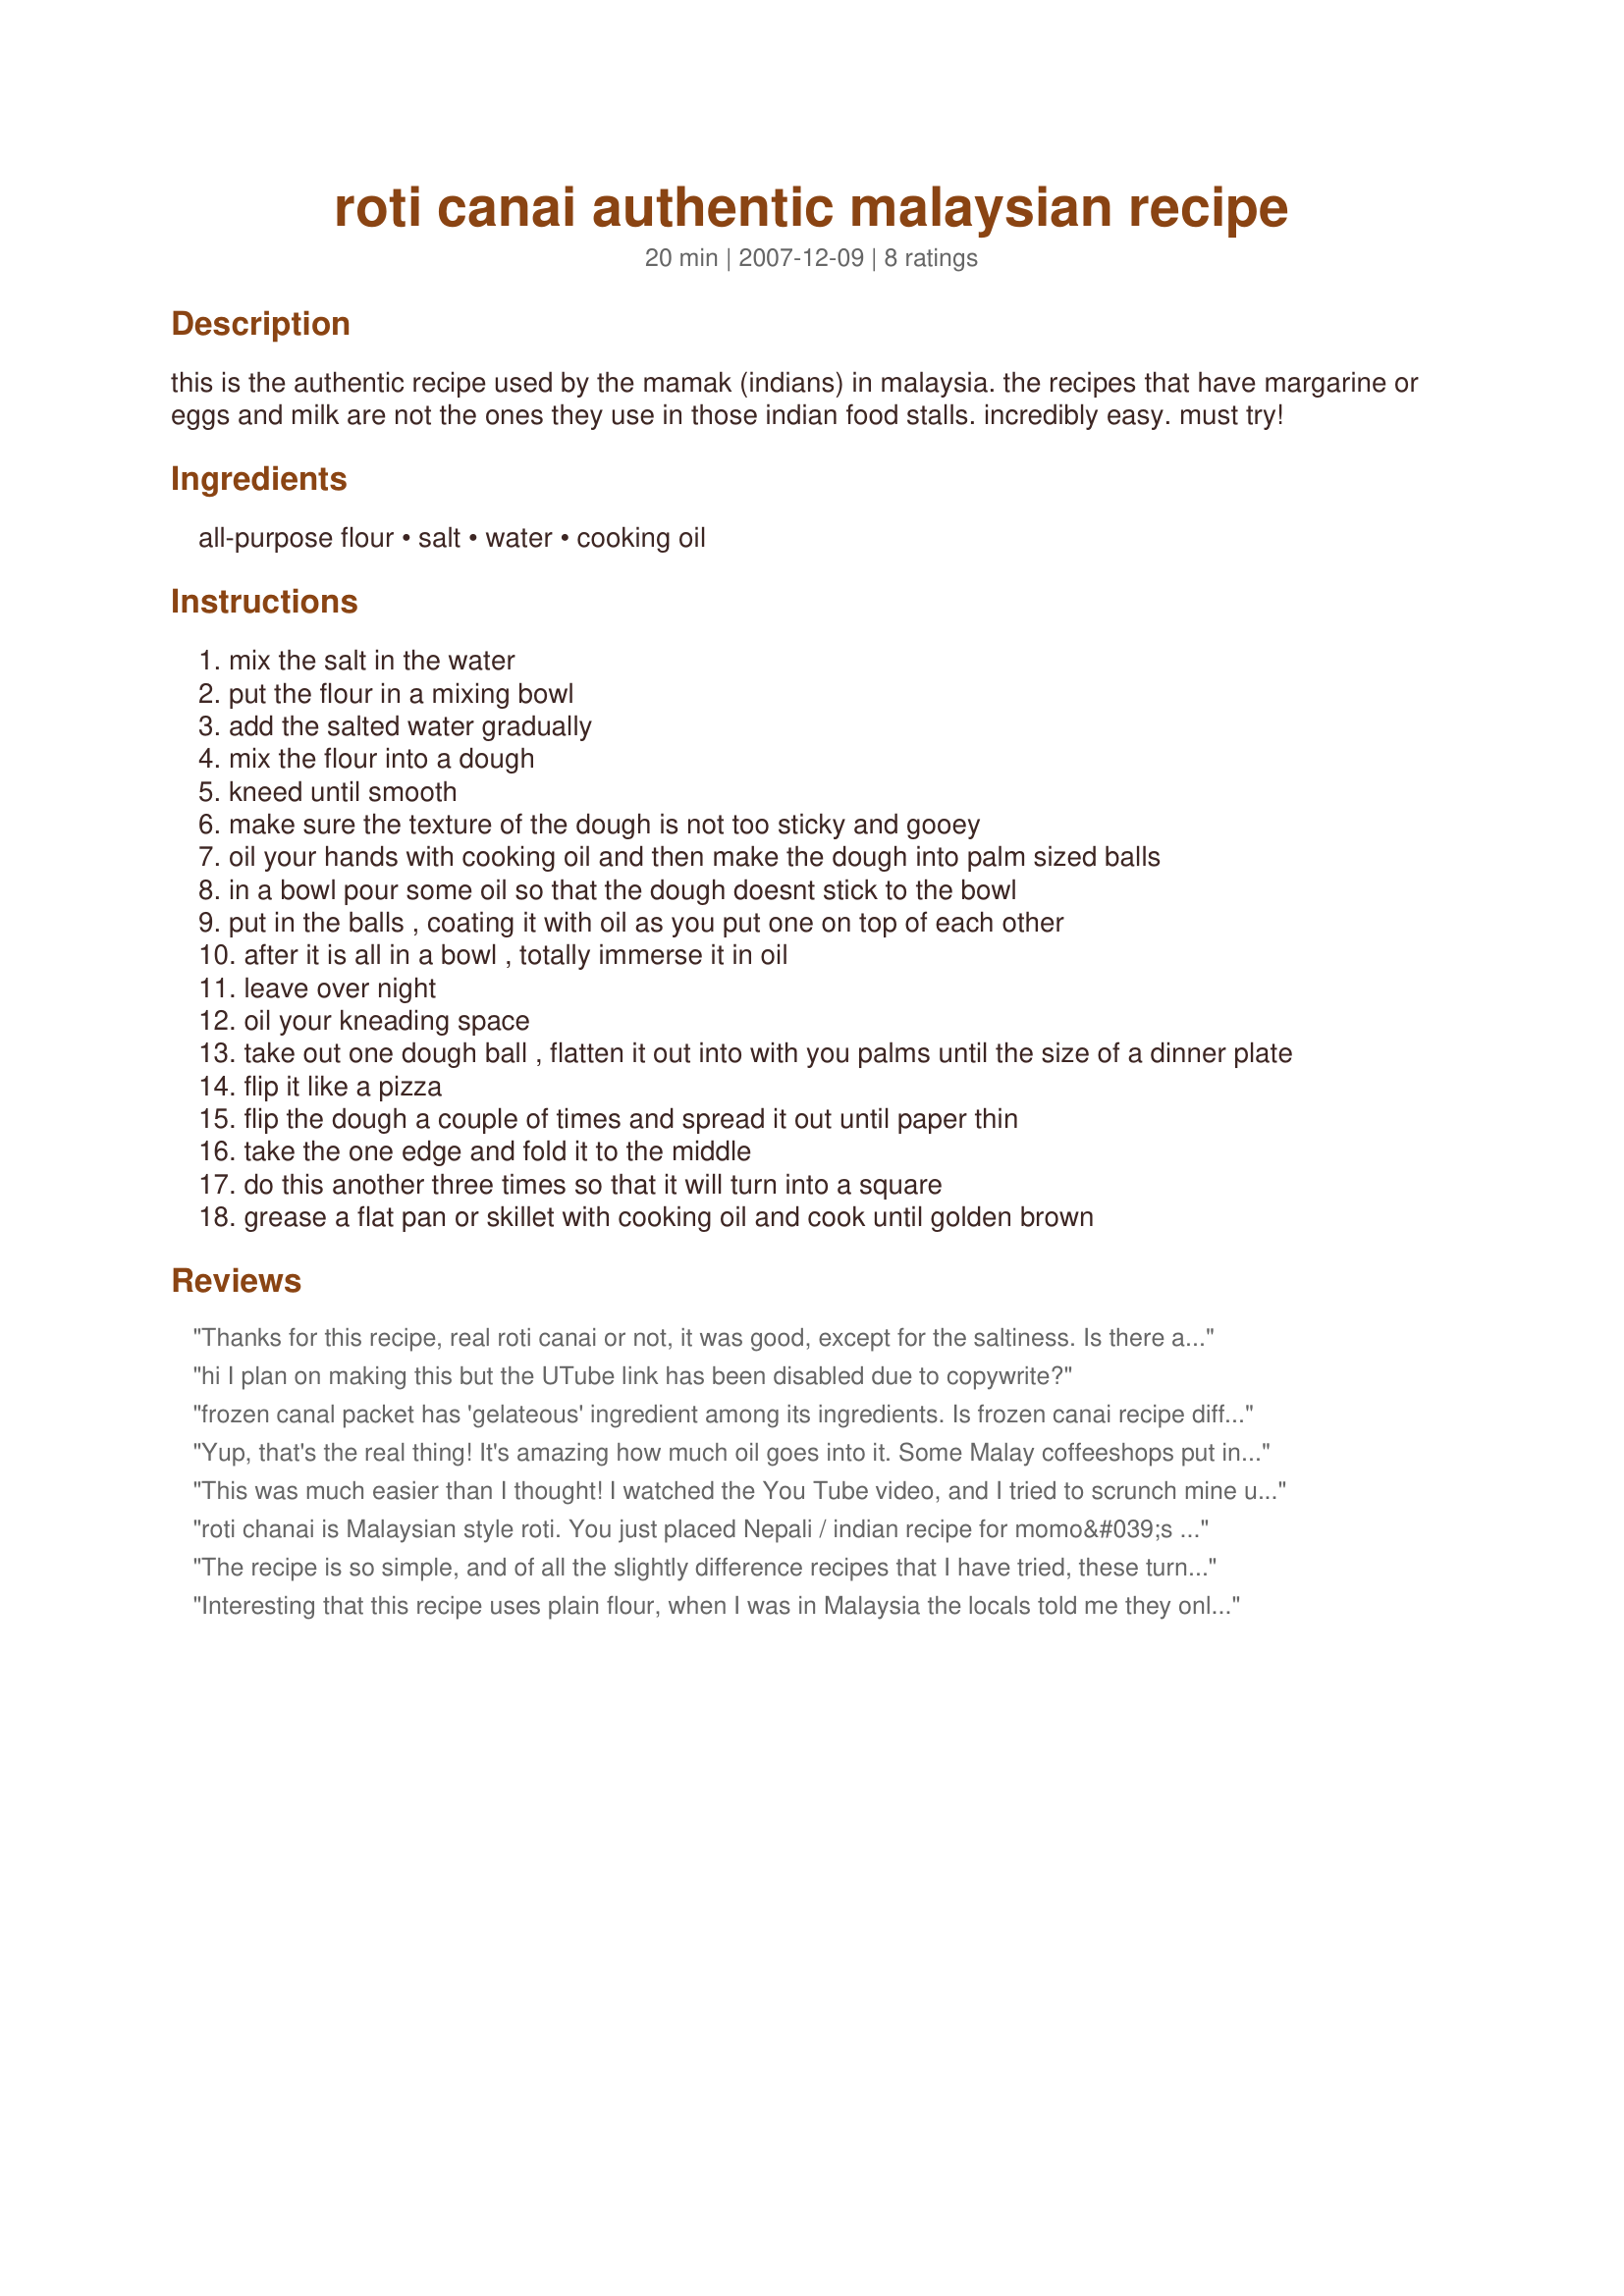
roti canai authentic malaysian recipe
Preparation time: 20 minutes

this is the authentic recipe used by the mamak (indians) in malaysia. the recipes that have margarine or eggs and milk are not the ones they use in those indian food stalls. incredibly easy. must try!

Ingredients:
all-purpose flour, salt, water, cooking oil

Steps:
mix the salt in the water
put the flour in a mixing bowl
add the salted water gradually
mix the flour into a dough
kneed until smooth
make sure the texture of the dough is not too sticky and gooey
oil your hands with cooking oil and then make the dough into palm sized balls
in a bowl pour some oil so that the dough doesnt stick to the bowl
put in the balls , coating it with oil as you put one on top of each other
after it is all in a bowl , totally immerse it in oil
leave over night
oil your kneading space
take out one dough ball , flatten it out into with you palms until the size of a dinner plate
flip it like a pizza
flip the dough a couple of times and spread it out until paper thin
take the one edge and fold it to the middle
do this another three times so that it will turn into a square
grease a flat pan or skillet with cooking oil and cook until golden brown

Reviews:
Thanks for this recipe, real roti canai or not, it was good, except for the saltiness. Is there a reason for so much salt? I followed the recipe without question until in ate it. I would definitely reduce it but even 2/3 tablespoon seems far too much. Aside from the taste, does that amount of salt affect the outcome of the roti?
hi I plan on making this but the UTube link has been disabled due to copywrite?
frozen canal packet has 'gelateous' ingredient among its ingredients. Is frozen canai recipe different from freshly made canai?
Yup, that's the real thing!
It's amazing how much oil goes into it. Some Malay coffeeshops put in margarine and egg.
 I'd suggest reducing the salt to 2/3 tablespoon and adding 2/3 tablespoon of white sugar - to be dissolved in the water.
This was much easier than I thought! I watched the You Tube video, and I tried to scrunch mine up the way he does after it's cooked, and it went really nice and flaky! Thanks for posting! Made for PAC Spring 2010.
roti chanai is Malaysian style roti. You just placed Nepali / indian recipe for momo&#039;s

This is not authentic Roti Chanai recipe. Real one has lots of ghee and condense milk.&gt;&gt; Reason why when they flip the dough it is so pliable...

It&#039;s cheep chapatti recipe with the wrong flour (usually not regular flour but atta flour).
The recipe is so simple, and of all the slightly difference recipes that I have tried, these turn out the best and are the easiest to flip and stretch. I only leave the dough to rest for about 20 minutes. I tried overnight once and found it was actually harder to stretch without tearing. I also use a little bit less salt and I'm a salt addict!
Interesting that this recipe uses plain flour, when I was in Malaysia the locals told me they only use atta flour, and they also used large amounts of ghee. When I watched them make it they used very little salt, this recipe has a huge amount of salt! why?
